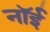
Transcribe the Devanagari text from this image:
नॉई